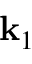
\mathbf { k } _ { 1 }